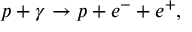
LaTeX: p + \gamma \rightarrow p + e ^ { - } + e ^ { + } ,